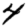
Digit: 4